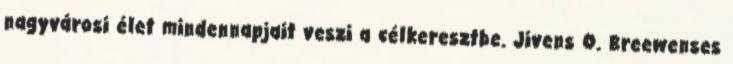
nagyvárosi élet mindennapjait veszi a célkeresztbe. Jivens O. Breewenses